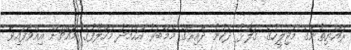
ރައްޔިތުންގެ މަޖިލީހުގެ ގަލޮޅު ދެކުނު ދާއިރާގެ މެމްބަރު އަހްމަދު މަހްލޫފުގެ މައްޗަށް އިއްވާފައިވާ